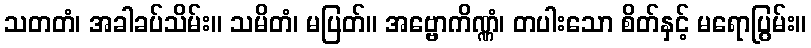
သတတံ၊ အခါခပ်သိမ်း။ သမိတံ၊ မပြတ်။ အဗ္ဗောကိဏ္ဏံ၊ တပါးသော စိတ်နှင့် မရောပြွမ်း။